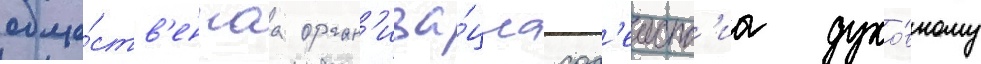
обще́ств'еннаа орган'иза́циа сод'еиств'иа духо́вному